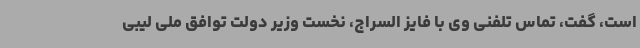
است، گفت، تماس تلفنی وی با فایز السراج، نخست وزیر دولت توافق ملی لیبی